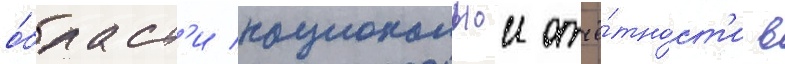
о́бласт'и национальнои отчё́тност'и в